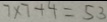
7 \times 7 + 4 = 5 3